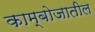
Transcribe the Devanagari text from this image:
काम्बोजातील